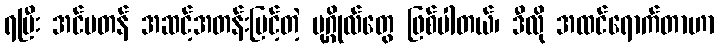
ရပြီး အင်မတန် အဆင့်အတန်းမြင့်တဲ့ ပုဂ္ဂိုလ်တွေ ဖြစ်ပါတယ်၊ ဒီလို အထင်ရောက်တာဟာ